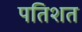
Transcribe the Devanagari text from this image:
पतिशत